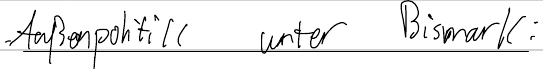
Außenpolitik unter Bismark: